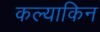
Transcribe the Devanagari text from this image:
कल्याकिन